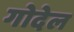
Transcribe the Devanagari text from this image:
गोदेल